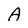
Character: A